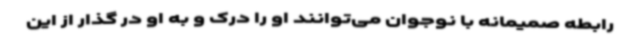
رابطه صمیمانه با نوجوان می‌توانند او را درک و به او در گذار از این